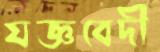
যজ্ঞবেদী